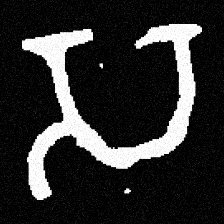
Pyu character \u2014 Myanmar letter: သ (romanized: sa)